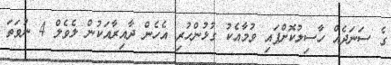
ގެ ސަނަދެއް ހާސިލުކޮށްފައި ވުމާއެކު ގުޅުންހުރި އެހެން ދާއިރާއަކުން ލެވެލް 4 ނުވަތަ